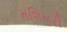
મશિનરી